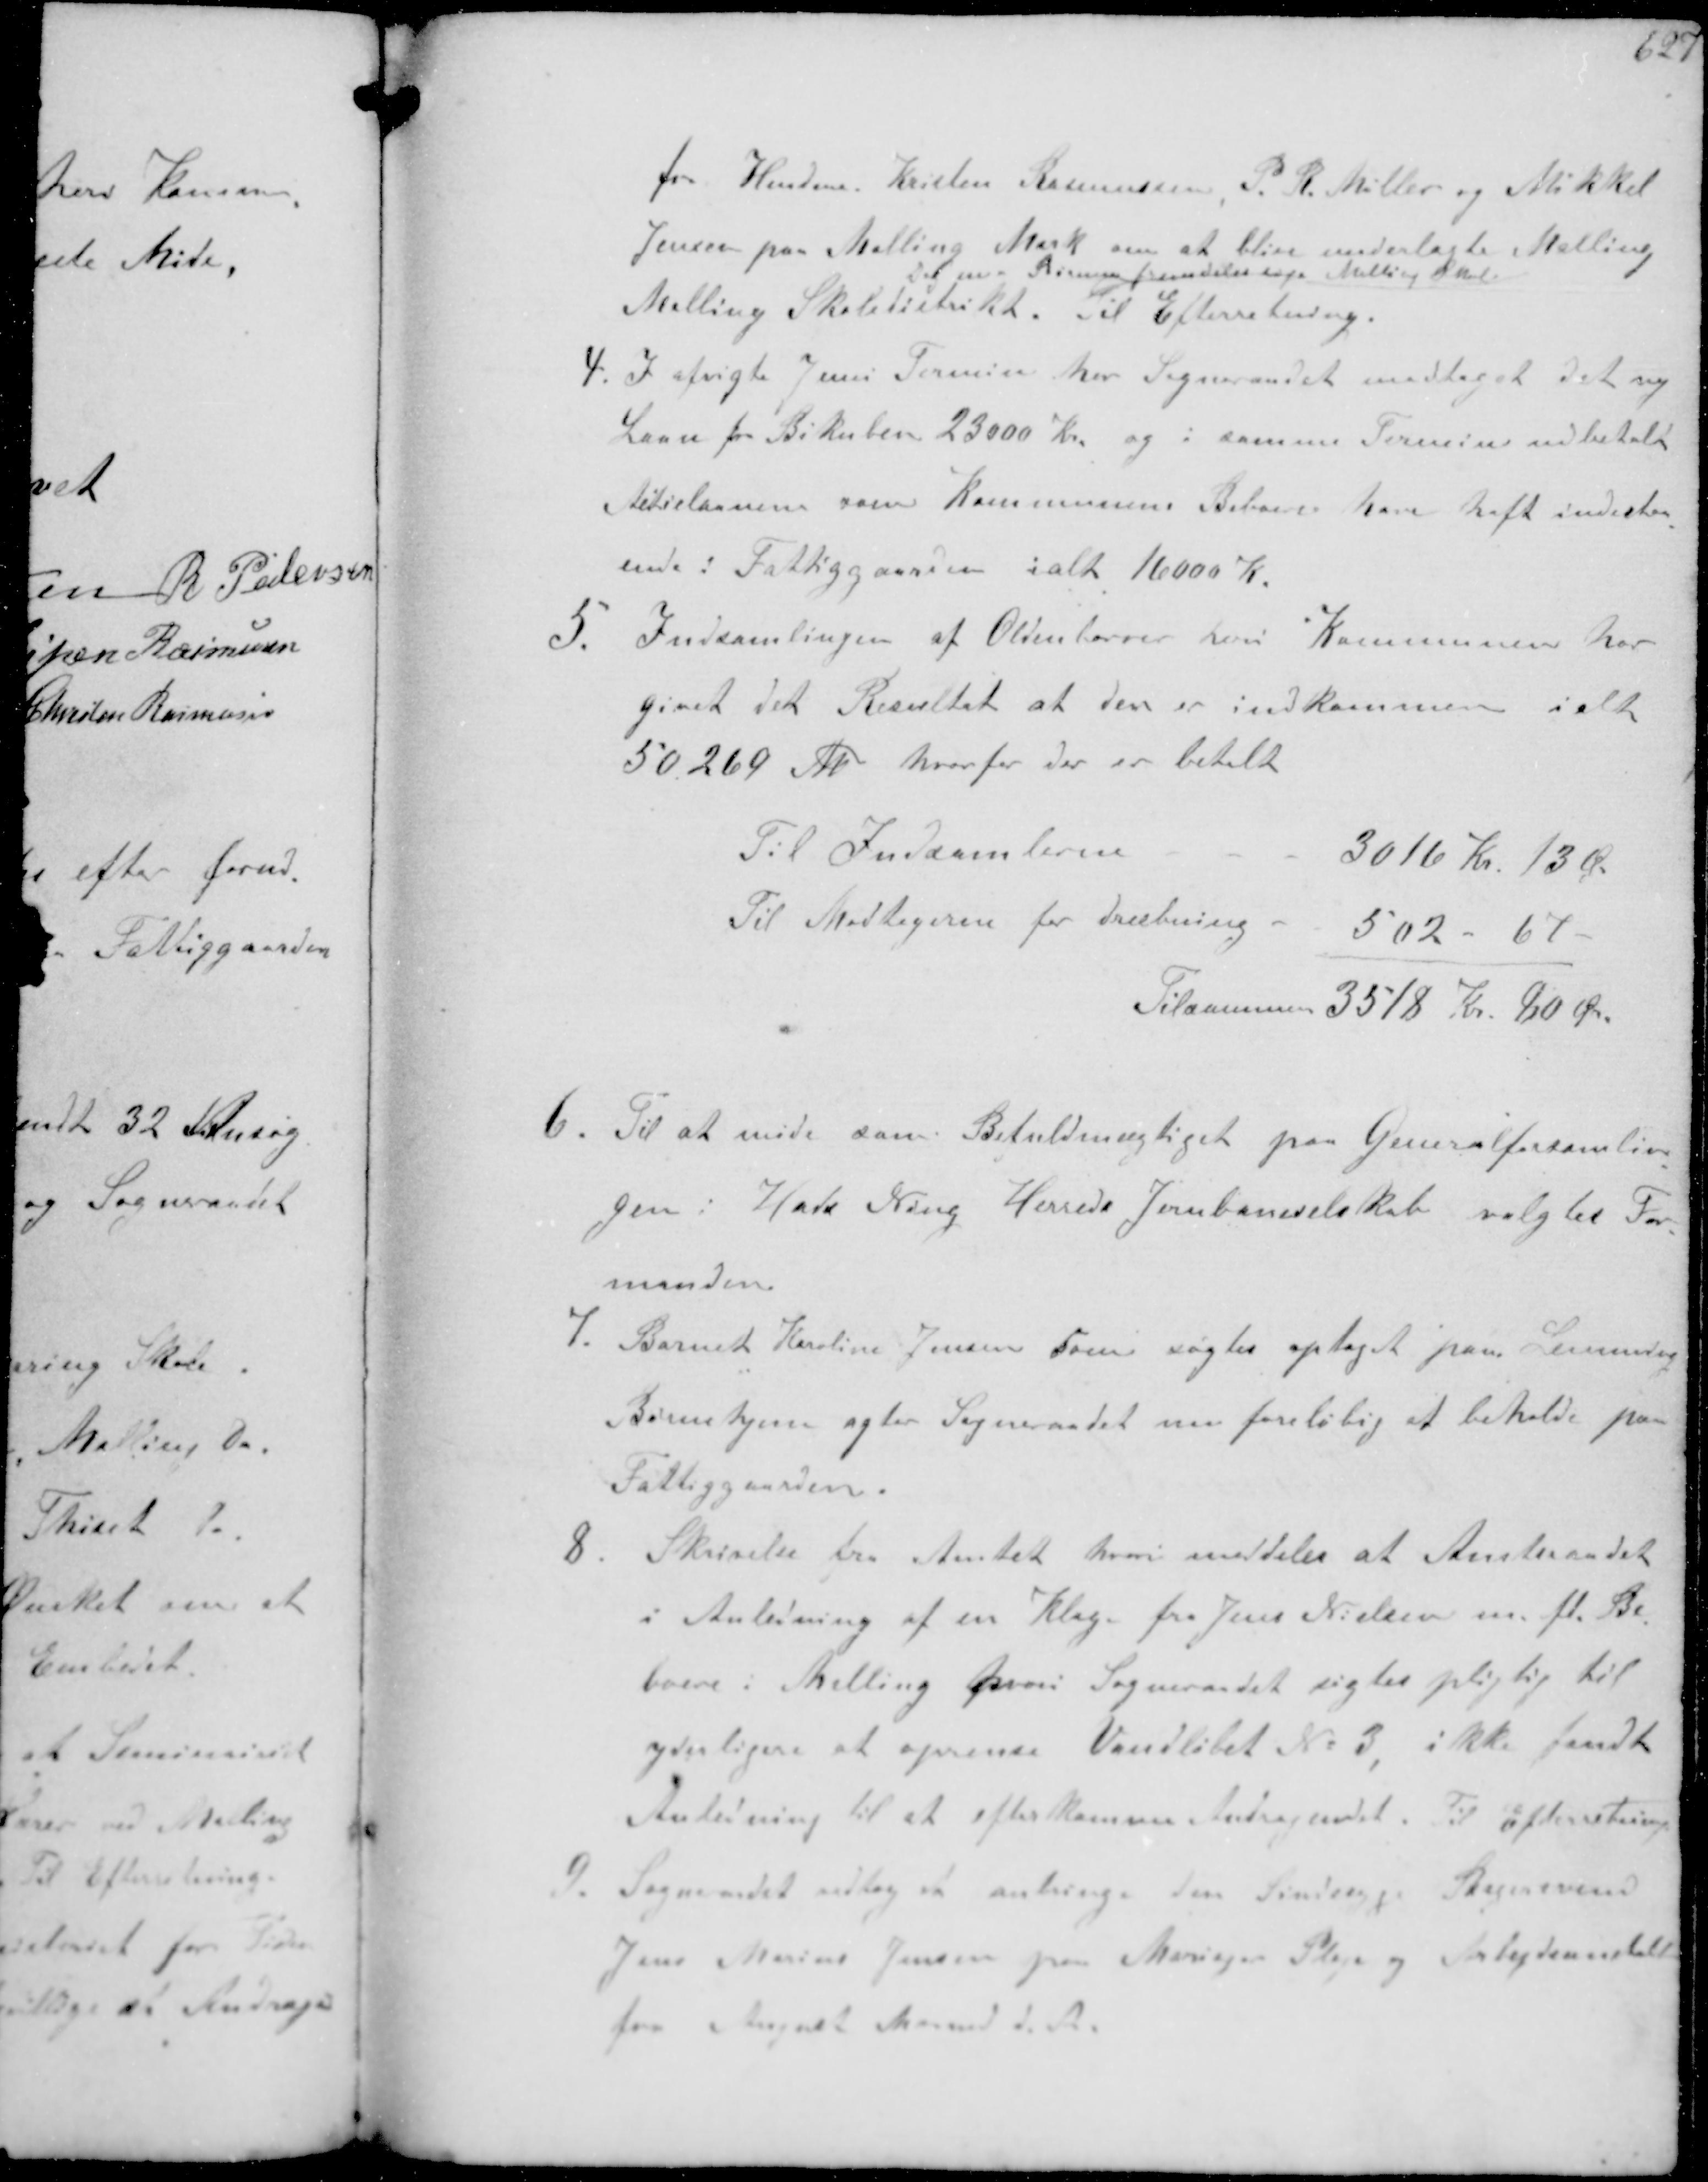
Transskription:
fra Hmdene Karsten Rasmussen, P R Møller og Mikkel 
Jensen paa Malling Mark om at blive underlagte Malling
Malling Skoledistrikt
Dog maa Børnene fremdeles søge Malling Skole
Til Efterretning.
4. I afvigte Juni Termin har Sogneraadet modtaget det ny
Laan fra Bikuber 23000 Kr og i samme Termine udbetalt
Aktielaanene som Kommunens Beboere have haft indestaa-
ende i Fattiggaarden ialt 16000 Kr.
3. Indsamlingen af Oldenborrer heri Kommunen har
givet det Resultat at der er indkommen i alt
50269 Lb hvorfor der er betalt
Til Indsamlerne
3016 Kr 13 Øre
Til Modtagerne for dræbning.
502 - 67 -
Tilsammen 3518 Kr 80 Øre
6. Til at møde som Befuldmægtiget paa Generalforsamlin-
gen i Hads Ning Herreds Jernbaneselskab valgtes For-
manden
7. Barnet Karoline Jensen som søgtes optaget paa 
Børnehjem agter Sogneraadet nu foreløbig at beholde paa
Fattiggaarden.
8. Skrivelse fra Amtet hvori meddeler at Amtsraadet
i Anledning af en Klage fra Jens Nielsen m.fl. Be-
boere i Malling hvori Sogneraadet sigtes pligtig til
yderlige at oprense Vandløbet No 3 ikke fandt
Anledning til at efterkomme Andragenet til Efterretning
9. Sogneraadet udtog anbringe den sindsyg, Mogensen
Jens Marius Jensen paa Mariager Pleje og Arbejdsanstalt
fra August Maaned d. A.